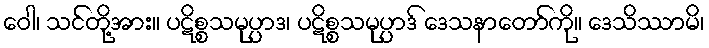
ဝေါ၊ သင်တို့အား။ ပဋိစ္စသမုပ္ပာဒ၊ ပဋိစ္စသမုပ္ပာဒ် ဒေသနာတော်ကို။ ဒေသိဿာမိ၊